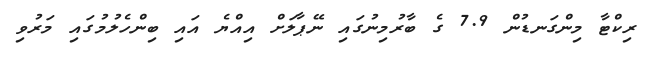
ރިކްޓާ މިންގަނޑުން 7.9 ގެ ބާރުމިނުގައި ނޭޕާލަށް އިއްޔެ އައި ބިންހެލުމުގައި މަރުވި